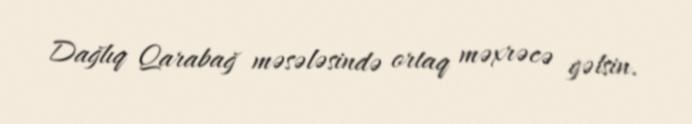
Dağlıq Qarabağ məsələsində ortaq məxrəcə gəlsin.